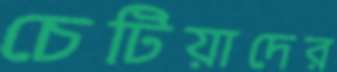
চেটিয়াদের